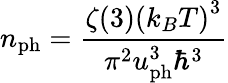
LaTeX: n_{\mathrm{ph}}=\frac{\zeta(3)\left(k_{B}T\right)^{3}}{\pi^{2}u_{\mathrm{ph}}^{3}\hbar^{3}}